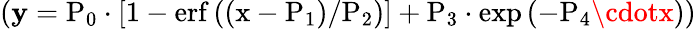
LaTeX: (\mathbf{y}=\mathrm{{P_{0}}}\cdot\left[1-\mathrm{{erf\left((x-\mathrm{{P_{1}}})/\mathrm{{P_{2}}}\right)}}\right]+\mathrm{{P_{3}}}\cdot\exp\left(-\mathrm{{P_{4}}}\cdotx\right))